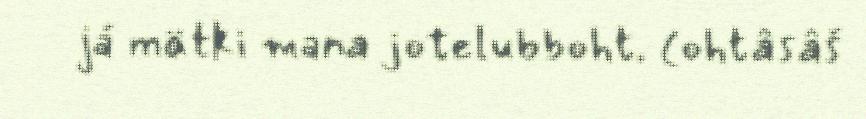
já mätki mana jotelubboht. (ohtâsâš